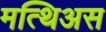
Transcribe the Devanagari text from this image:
मत्थिअस